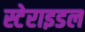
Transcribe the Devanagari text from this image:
स्टेराइडल